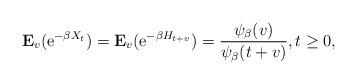
LaTeX: \begin{align*}{\bf E}_v({\rm e}^{-\beta X_t})={\bf E}_v({\rm e}^{-\beta H_{t+v}})=\frac{\psi_{\beta}(v)}{\psi_{\beta}(t+v)},t\geq 0,\end{align*}